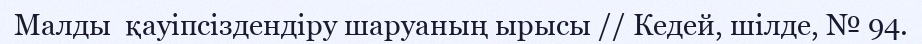
Малды  қауіпсіздендіру шаруаның ырысы // Кедей, шілде, № 94.